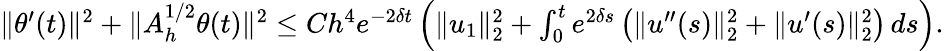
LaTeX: \begin{array}{r}{\| \theta^{\prime}(t)\| ^{2}+\| A_{h}^{1/2}\theta(t)\| ^{2}\leq Ch^{4}e^{-2\delta t}\left(\| u_{1}\| _{2}^{2}+\int_{0}^{t}e^{2\delta s}\left(\| u^{\prime\prime}(s)\| _{2}^{2}+\| u^{\prime}(s)\| _{2}^{2}\right)\, ds\right).}\end{array}